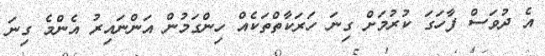
އެ ދުވަސް ފާހަގަ ކުރުމަށް ގިނަ ހަރަކާތްތަކެއް ހިންގަމުން އަންނައިރު އެންމެ ގިނަ